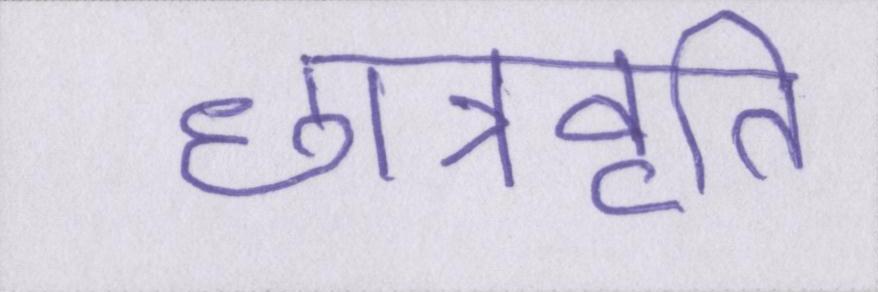
छात्रवृति